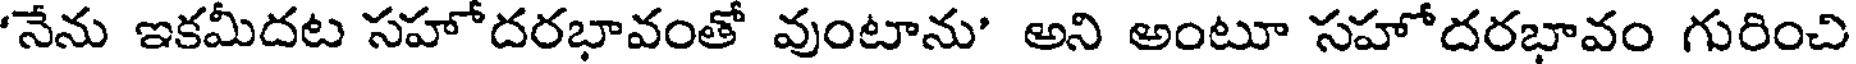
'నేను ఇకమీదట సహోదరభావంతో వుంటాను' అని అంటూ సహోదరభావం గురించి